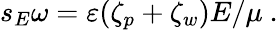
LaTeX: s_{E}\omega=\varepsilon(\zeta_{p}+\zeta_{w})E/\mu\ .